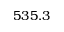
5 3 5 . 3